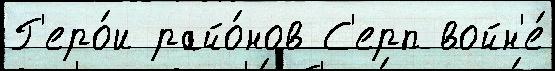
Г'еро́и райо́нов С'ерп войн'е́